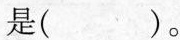
是()。